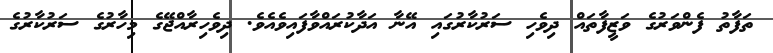
ތަފާތު ފެންވަރުގެ ވަޒީފާތައް ދިވެހި ސަރުކާރުގައި އޭނާ އަދާކުރައްވާފައިވެއެވެ. ދިވެހިރާއްޖޭގެ މިހާރުގެ ސަރުކާރުގެ